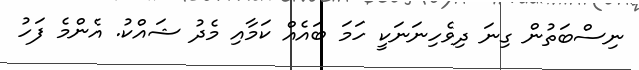
ނިސްބަތުން ގިނަ ދިވެހިނަނަކީ ހަމަ ބައެއް ކަމާއި މެދު ޝައްކު. އެންމެ ފަހު